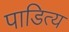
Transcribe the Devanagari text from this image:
पाडित्य